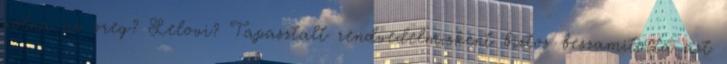
volna az oreg? Lelovi? Tapasztalt rendvedelmiskent biztos beszamitotta azt